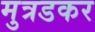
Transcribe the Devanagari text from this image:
मुत्रडकर